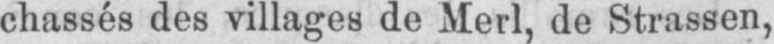
chassés des villages de Merl, de Strassen,